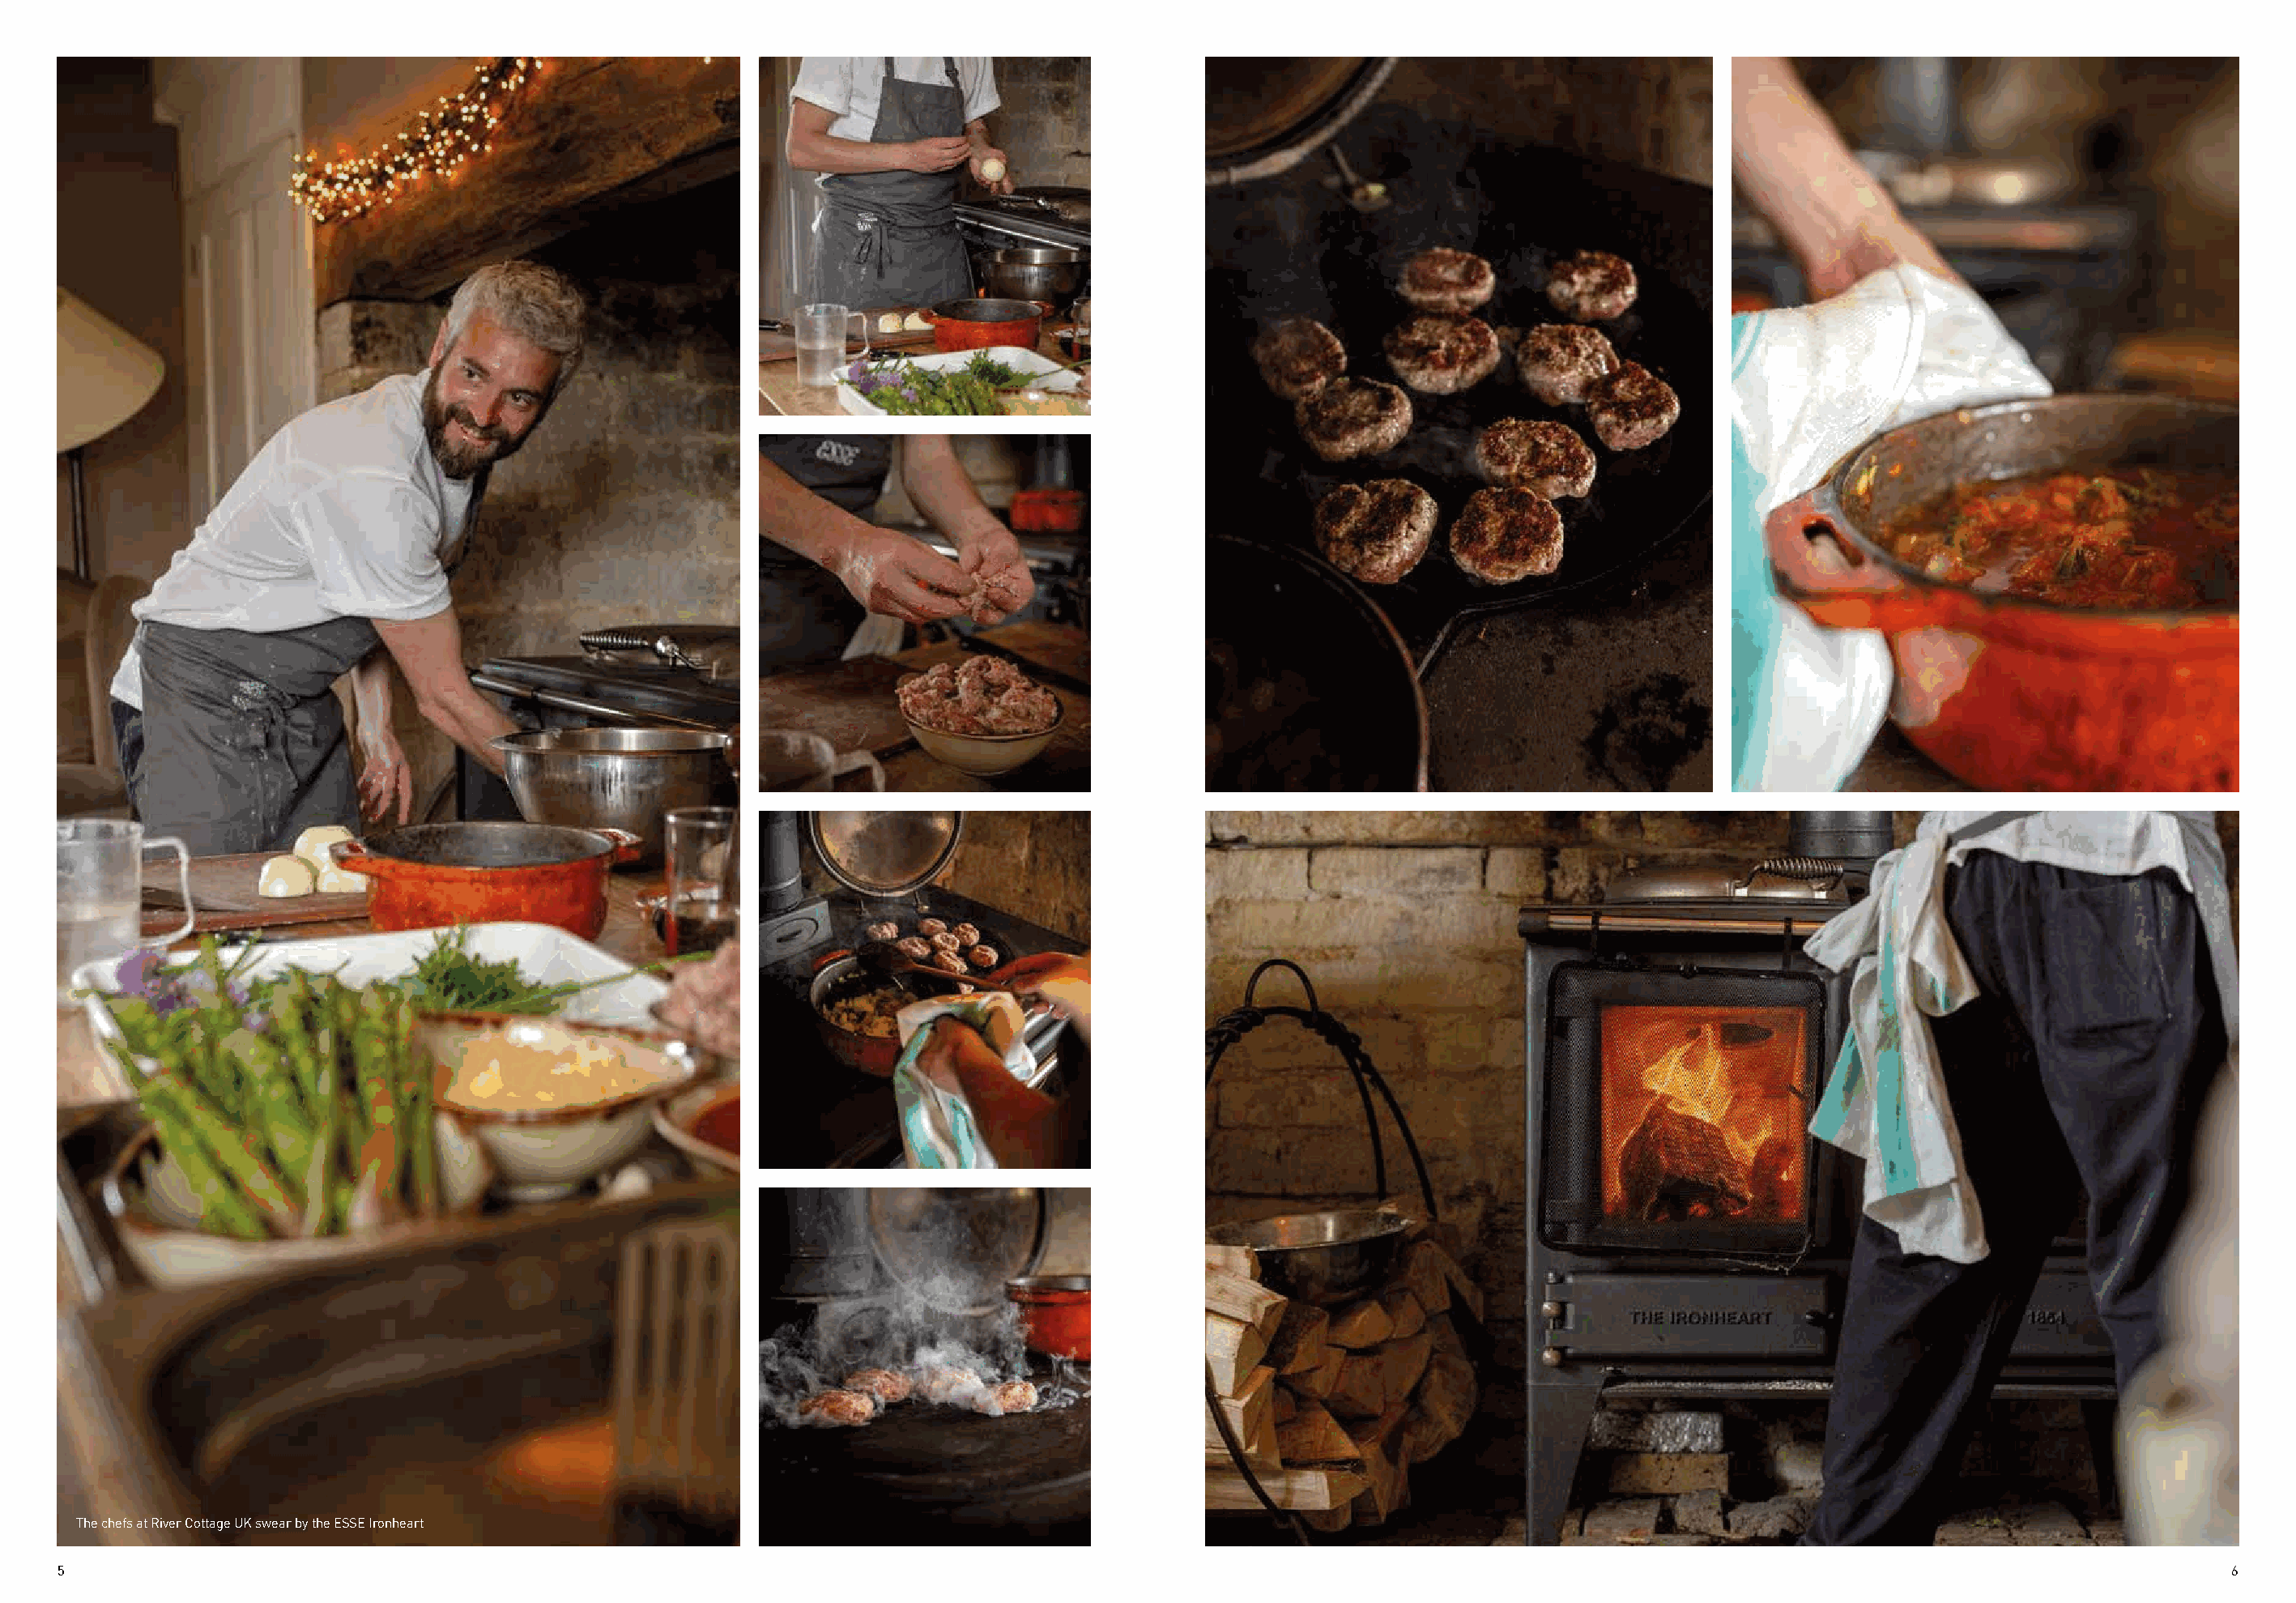
The chefs at River Cottage UK swear by the ESSE Ironheart
 5                                                                                                                                                                                6